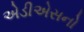
એડીએસનો